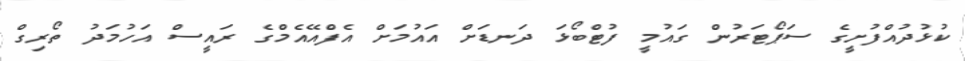
ކުޅުދުއްފުށީގެ ސަޕޯޓަރުން ގައުމީ ފުޓްބޯޅަ ދަނޑަށް އައުމަށް އެފްއޭއެމްގެ ރައީސް އަހުމަދު ތޯރިގް